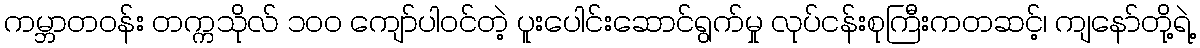
ကမ္ဘာတဝန်း တက္ကသိုလ် ၁၀၀ ကျော်ပါဝင်တဲ့ ပူးပေါင်းဆောင်ရွက်မှု လုပ်ငန်းစုကြီးကတဆင့်၊ ကျနော်တို့ရဲ့